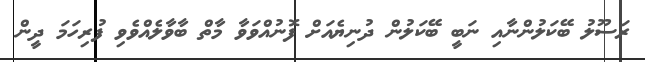
ރަސޫލު ބޭކަލުންނާއި ނަބީ ބޭކަލުން ދުނިޔެއަށް ފޮނުއްވަވާ މާތް ބާވާލެއްވެވި ފުރިހަމަ ދީން